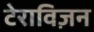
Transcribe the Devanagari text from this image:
टेराविज़न